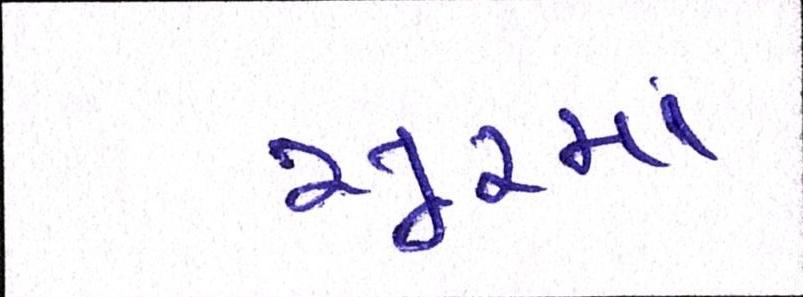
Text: સૂરમાં